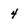
Character: 4